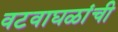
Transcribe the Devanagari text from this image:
वटवाघळांची